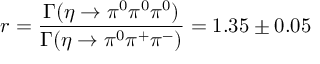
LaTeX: r = \frac { \Gamma ( \eta \rightarrow \pi ^ { 0 } \pi ^ { 0 } \pi ^ { 0 } ) } { \Gamma ( \eta \rightarrow \pi ^ { 0 } \pi ^ { + } \pi ^ { - } ) } = 1 . 3 5 \pm 0 . 0 5